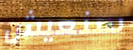
سنعيش